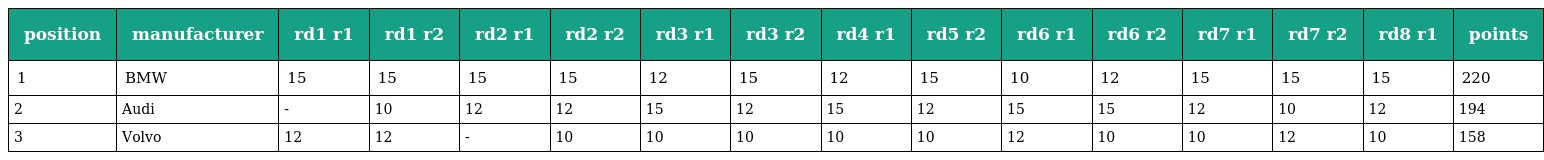
| position | manufacturer | rd1 r1 | rd1 r2 | rd2 r1 | rd2 r2 | rd3 r1 | rd3 r2 | rd4 r1 | rd5 r2 | rd6 r1 | rd6 r2 | rd7 r1 | rd7 r2 | rd8 r1 | points |
 | --- | --- | --- | --- | --- | --- | --- | --- | --- | --- | --- | --- | --- | --- | --- | --- |
 | 1 | BMW | 15 | 15 | 15 | 15 | 12 | 15 | 12 | 15 | 10 | 12 | 15 | 15 | 15 | 220 |
 | 2 | Audi | - | 10 | 12 | 12 | 15 | 12 | 15 | 12 | 15 | 15 | 12 | 10 | 12 | 194 |
 | 3 | Volvo | 12 | 12 | - | 10 | 10 | 10 | 10 | 10 | 12 | 10 | 10 | 12 | 10 | 158 |